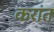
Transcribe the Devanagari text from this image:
करांत